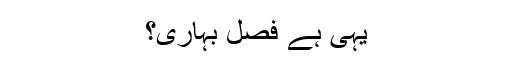
یہی ہے فصل بہاری؟